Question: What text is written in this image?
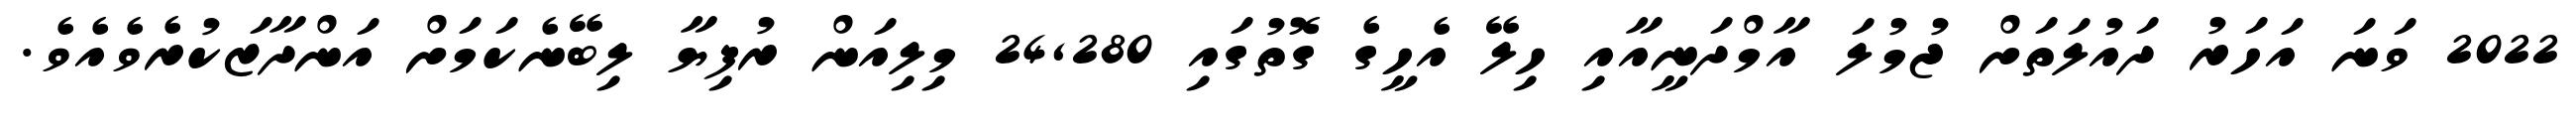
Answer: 2022 ވަނަ އަހަރު ދައުލަތަށް ޖުމުލަ އާމްދަނީއާއި ހިލޭ އެހީގެ ގޮތުގައި 24,280 މިލިއަން ރުފިޔާ ލިބޭނެކަމަށް އަންދާޒަކުރެވެއެވެ.